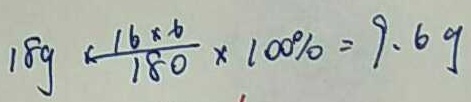
1 8 g \times \frac { 1 6 \times 6 } { 1 8 0 } \times 1 0 0 \% = 9 . 6 g